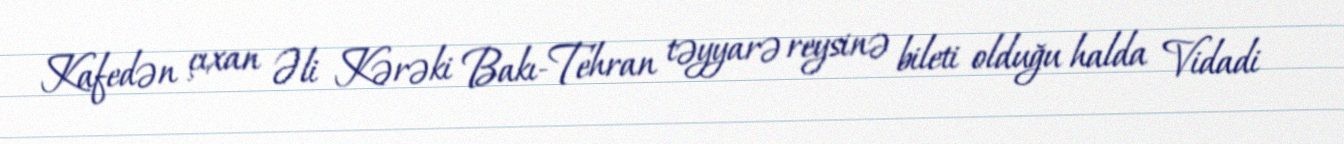
Kafedən çıxan Əli Kərəki Bakı-Tehran təyyarə reysinə bileti olduğu halda Vidadi